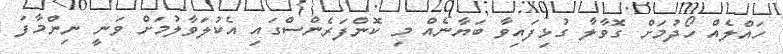
ހައްލެއް ހޯދުމަށް ގޮވާލާ ގުޅިފައިވާ ބަޔާނެއް މި ކޮންފަރެންސްގައި އެކުލަވާލުމަށް ވަނީ ނިންމާފަ